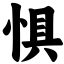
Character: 惧